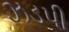
ઝડપી